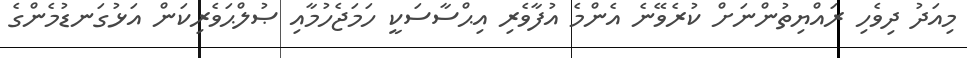
މިއަދު ދިވެހި ރައްޔިތުންނަށް ކުރެވޭނެ އެންމެ އުފާވެރި އިޙްސާސަކީ ހަމަޖެހުމާއި ޞުލްޙަވެރިކަން އަޅުގަނޑުމެންގެ